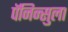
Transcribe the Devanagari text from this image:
पॅनिन्सुला